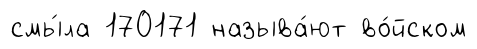
смы́ла 170171 называ́ют во́йском